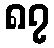
၈၇